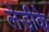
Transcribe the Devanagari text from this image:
लेडीके